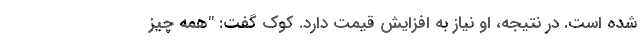
شده است. در نتیجه، او نیاز به افزایش قیمت دارد. کوک گفت: "همه چیز